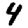
Digit: 4